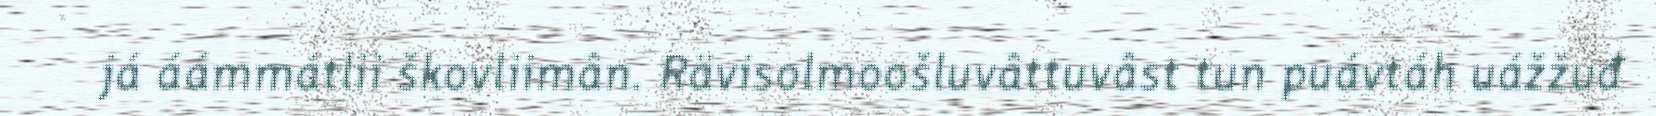
já áámmátlii škovliimân. Rävisolmoošluvâttuvâst tun puávtáh uážžuđ